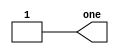
module top_module( output one );
    // Build a circuit with no inputs and one output. That output should always drive 1 (or logic high). 
    assign one = 1;
endmodule